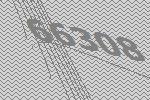
66308